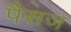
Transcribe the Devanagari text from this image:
पैसज